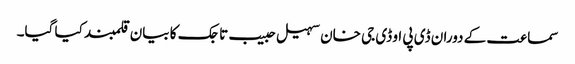
سماعت کے دوران ڈی پی او ڈی جی خان سہیل حبیب تاجک کا بیان قلمبند کیا گیا۔